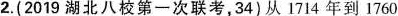
2.(2019湖北八校第一次联考，34)从1714年到1760